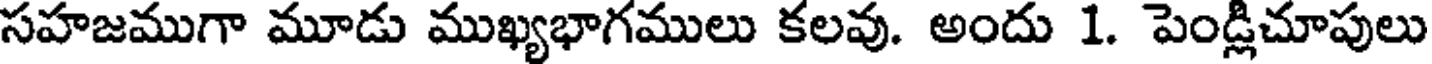
సహజముగా మూడు ముఖ్యభాగములు కలవు. అందు 1. పెండ్లిచూపులు